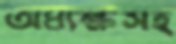
অধ্যক্ষসহ